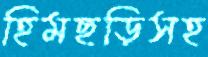
হিমছড়িসহ